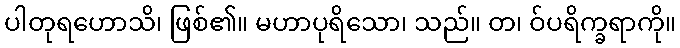
ပါတုရဟောသိ၊ ဖြစ်၏။ မဟာပုရိသော၊ သည်။ တ၊ ဝ်ပရိက္ခရာကို။